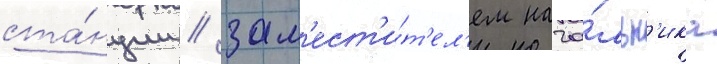
ста́нции / зам'ест'и́т'ел'ем нача́льн'ика